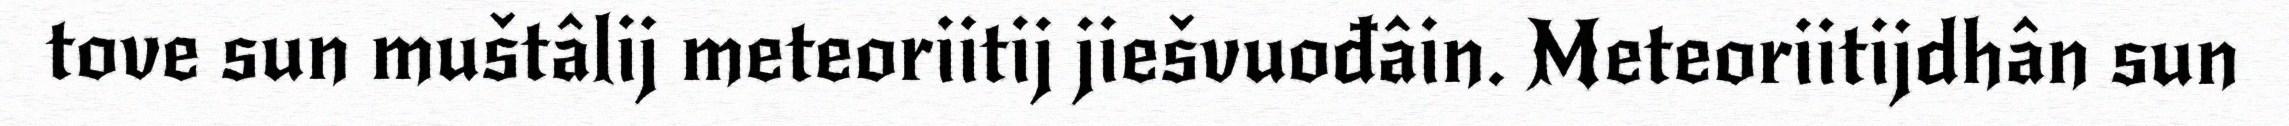
tove sun muštâlij meteoriitij jiešvuođâin. Meteoriitijdhân sun